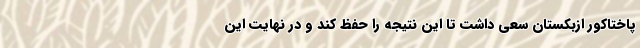
پاختاکور ازبکستان سعی داشت تا این نتیجه را حفظ کند و در نهایت این